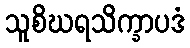
သူစိဃရသိက္ခာပဒံ